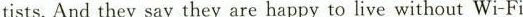
tists.And they say they are happy to live without Wi-Fi